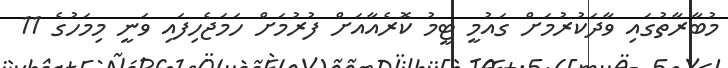
މުބާރާތުގައި ވާދަކުރުމަށް ގައުމީ ޓީމު ކޮރެއާއަށް ފުރުމަށް ހަމަޖެހިފައި ވަނީ މިމަހުގެ 11